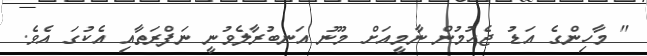
" މާހިންގެ އަޑު ޖެހުމުން ނާމީއަށް މޫނު އަނބުރާލެވުނީ ނަފްރަތާއި އެކުގަ އެވެ.